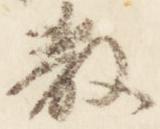
散